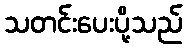
သတင်းပေးပို့သည်